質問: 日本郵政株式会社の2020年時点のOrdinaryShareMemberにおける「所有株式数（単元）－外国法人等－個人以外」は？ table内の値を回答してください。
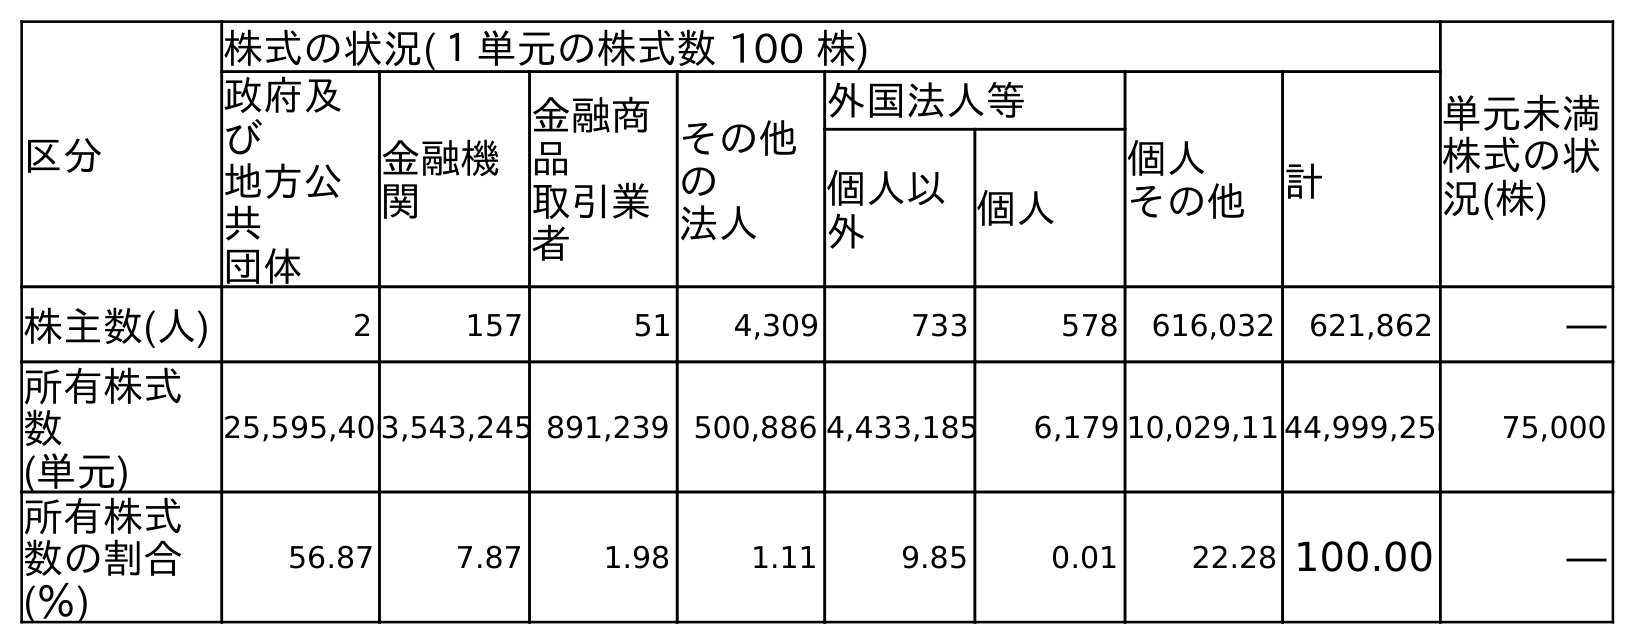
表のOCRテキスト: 区分 株式の状況(１単元の株式数 100 株) 単元未満 株式の状 況(株) 政府及 び 地方公 共 団体 金融機 関 金融商 品 取引業 者 その他 の 法人 外国法人等 個人 その他 計 個人以 外 個人 株主数(人) 2 157 51 4,309 733 578 616,032 621,862 ― 所有株式 数 (単元) 25,595,4063,543,245 891,239 500,886 4,433,185 6,179 10,029,11044,999,250 75,000 所有株式 数の割合 (％) 56.87 7.87 1.98 1.11 9.85 0.01 22.28 100.00 ―
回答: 4,433,185